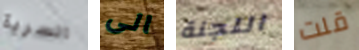
السرية الى اللجنة قلت